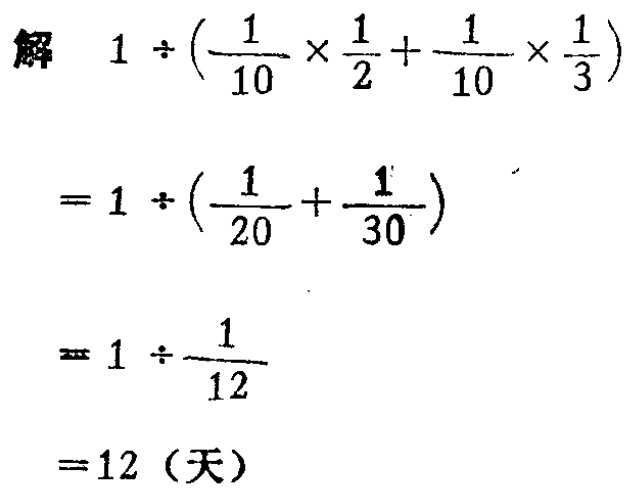
解

\[

\begin{align*}

&1\div(\frac{1}{10}\times\frac{1}{2}+\frac{1}{10}\times\frac{1}{3})\\

=&1\div(\frac{1}{20}+\frac{1}{30})\\

=&1\div\frac{1}{12}\\

=&12 \text{（天）}

\end{align*}

\]